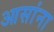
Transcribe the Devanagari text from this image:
आसांना